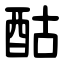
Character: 酤